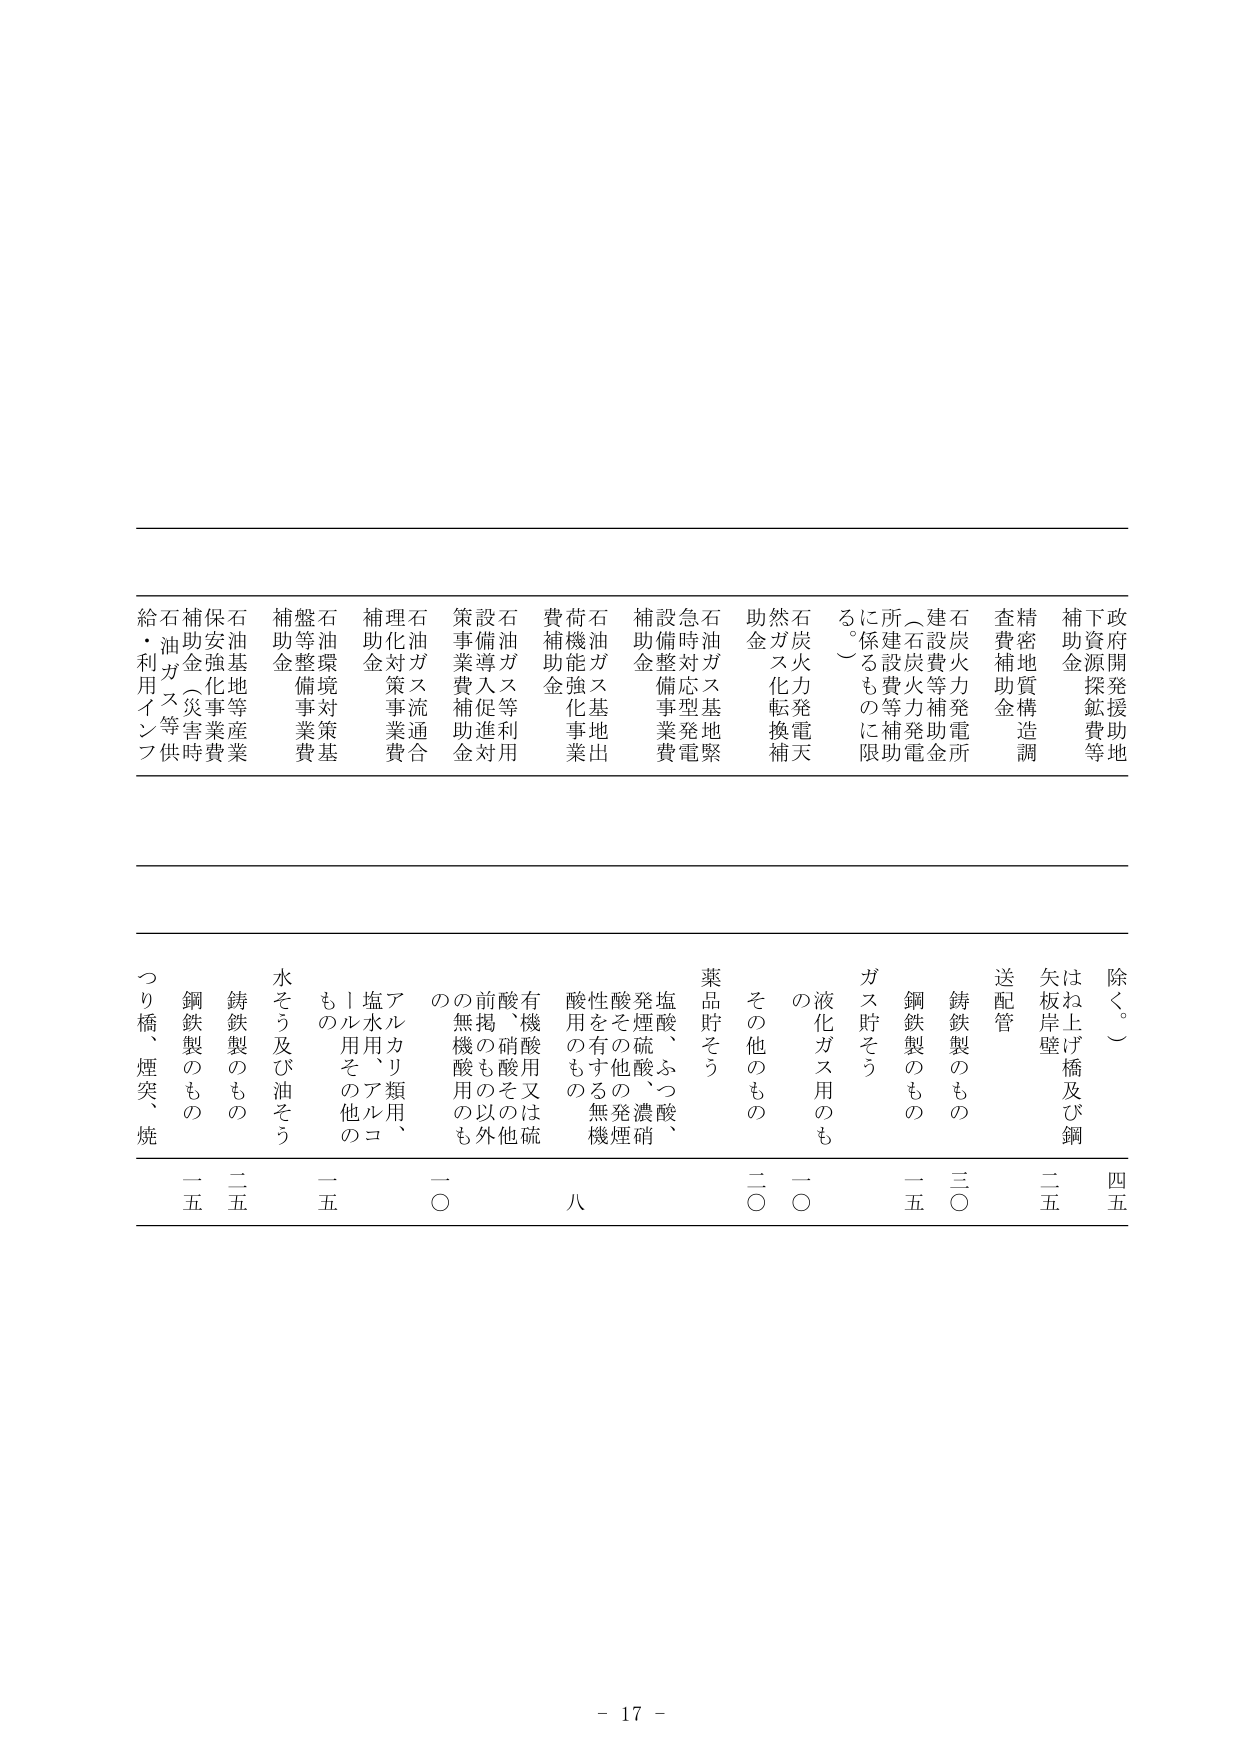
政府開発援助地
下資源探鉱費等
補助金
精密地質構造調
査費補助金
石炭火力発電所
建設費等補助金
（石炭火力発電
所建設費等補助
に係るものに限
る。）
石炭火力発電天
然ガス化転換補
助金
石油ガス基地緊
急時対応型発電
設備整備事業費
補助金
石油ガス基地出
荷機能強化事業
費補助金
石油ガス等利用
設備導入促進対
策事業費補助金
石油ガス流通合
理化対策事業費
補助金
石油環境対策基
盤等整備事業費
補助金
石油基地等産業
保全強化事業費
補助金（災害時
石油ガス等供給
給・利用インフ
除く。）
矢板岸壁及び鋼
送配管
鋳鉄製のもの
三〇
鋼鉄製のもの
一五
ガス貯そう
液化ガス用のも
の
一〇
その他のもの
二〇
薬品貯そう
塩酸、つ濃酸、
発煙硫酸、硝
酸その他発煙硝
酸を有する無機
酸用のもの
八
有機酸用又は硫
酸、硝酸用その
他前掲の以外の
の無機酸用のも
の
一〇
アルカリ類用、
塩水用、アルコ
ール用その他
のもの
一五
水そう及び油そう
鋳鉄製のもの
二五
鋼鉄製のもの
一五
つり橋、煙突、焼
- 17 -